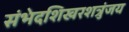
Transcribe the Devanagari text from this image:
संभेदशिखरशत्रुंजय